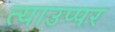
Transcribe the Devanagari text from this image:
त्याउप्पर